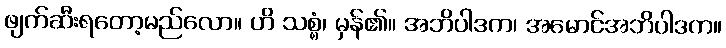
ဖျက်ဆီးရတော့မည်လော။ ဟိ သစ္စံ၊ မှန်၏။ အဘိပါဒက၊ အမောင်အဘိပါဒက။